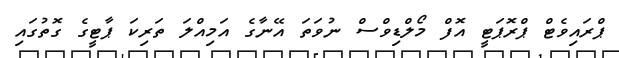
ޕްރައިވެޓް ޕްރޮޕަޓީ އޮފް މޯލްޑިވްސް ނުވަތަ އޭނާގެ އަމިއްލަ ތަރިކަ ޕާޓީގެ ގޮތުގައި